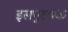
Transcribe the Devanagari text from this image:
इसपुस्तक